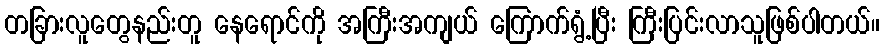
တခြားလူတွေနည်းတူ နေရောင်ကို အကြီးအကျယ် ကြောက်ရွံ့ပြီး ကြီးပြင်းလာသူဖြစ်ပါတယ်။